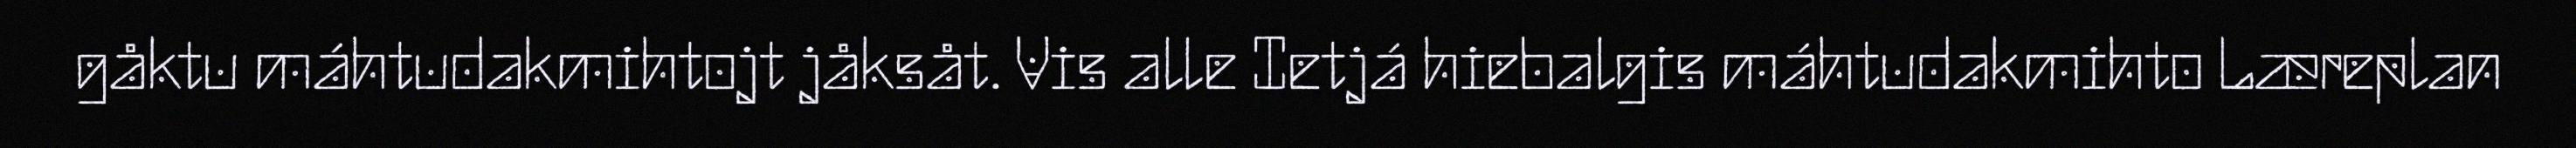
gåktu máhtudakmihtojt jåksåt. Vis alle Ietjá hiebalgis máhtudakmihto Læreplan